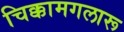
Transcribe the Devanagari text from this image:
चिक्कामगलारू